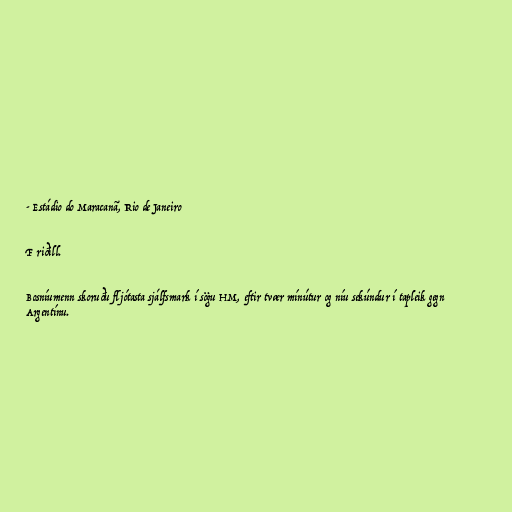
- Estádio do Maracanã, Rio de Janeiro

F riðill.

Bosníumenn skoruðu fljótasta sjálfsmark í sögu HM, eftir tvær mínútur og níu sekúndur í tapleik gegn
Argentínu.